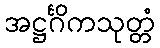
အဋ္ဌင်္ဂိကသုတ္တံ